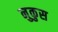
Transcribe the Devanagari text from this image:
नुकुस